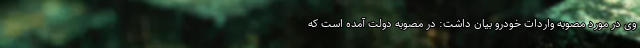
وی در مورد مصوبه واردات خودرو بیان داشت: در مصوبه دولت آمده است که